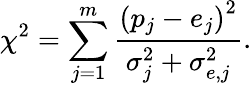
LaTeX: \chi^{2}=\sum_{j=1}^{m}\frac{\left(p_{j}-e_{j}\right)^{2}}{\sigma_{j}^{2}+\sigma_{e,j}^{2}}.